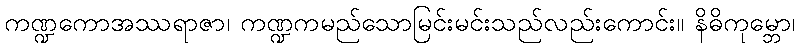
ကဏ္ဍကောအဿရာဇာ၊ ကဏ္ဍကမည်သောမြင်းမင်းသည်လည်းကောင်း။ နိဓိကုမ္ဘော၊